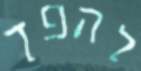
להפך